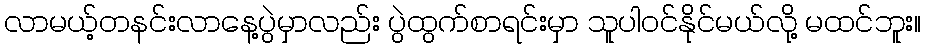
လာမယ့်တနင်းလာနေ့ပွဲမှာလည်း ပွဲထွက်စာရင်းမှာ သူပါဝင်နိုင်မယ်လို့ မထင်ဘူး။